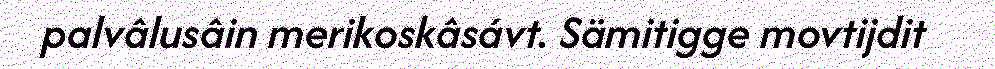
palvâlusâin merikoskâsávt. Sämitigge movtijdit